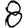
Digit: 8